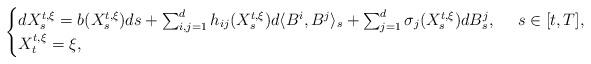
LaTeX: \begin{align*}\begin{cases}dX^{t,\xi}_{s}=b(X_{s}^{t,\xi})ds+\sum_{i,j=1}^dh_{ij}(X_{s}^{t,\xi})d\langle B^i,B^j\rangle_s+\sum_{j=1}^{d}\sigma_j(X_{s}^{t,\xi})dB^j_s,\ \ \ \ s\in [t,T],\\X_{t}^{t,\xi}=\xi,\end{cases}\end{align*}